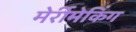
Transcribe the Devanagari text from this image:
मेर्रीमेकिंग